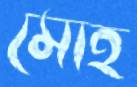
মোহ